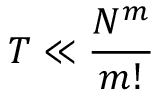
T \ll \frac { N ^ { m } } { m ! }